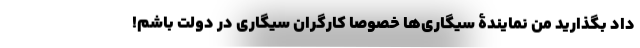
داد بگذارید من نمایندۀ سیگاری‌ها خصوصا کارگران سیگاری در دولت باشم!